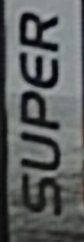
SUPER